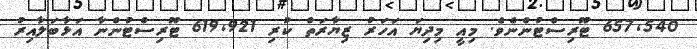
657